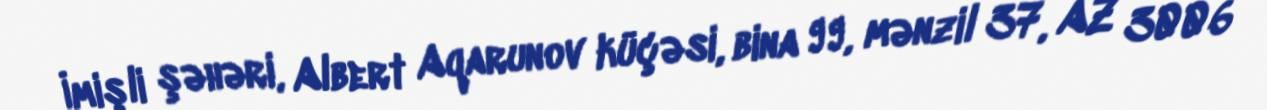
İmişli şəhəri, Albert Aqarunov küçəsi, bina 99, mənzil 37, AZ 3006